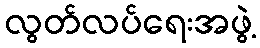
လွတ်လပ်ရေးအဖွဲ့